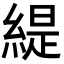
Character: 緹